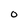
Character: 0